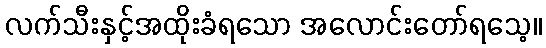
လက်သီးနှင့်အထိုးခံရသော အလောင်းတော်ရသေ့။